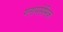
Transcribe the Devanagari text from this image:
ग्लायसेमिक